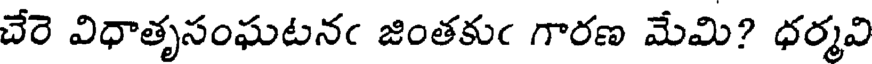
చేరె విధాతృసంఘటనఁ జింతకుఁ గారణ మేమి? ధర్మవి